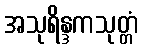
အသုရိန္ဒကသုတ္တံ